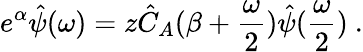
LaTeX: e^{\alpha}\hat{\psi}(\omega)=z\hat{C}_{A}(\beta+\frac{\omega}{2})\hat{\psi}(\frac{\omega}{2})\ .